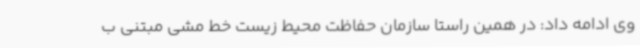
وی ادامه داد: در همین راستا سازمان حفاظت محیط زیست خط مشی مبتنی ب